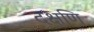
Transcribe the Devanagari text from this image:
दक्षणि